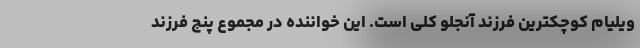
ویلیام کوچکترین فرزند آنجلو کلی است. این خواننده در مجموع پنج فرزند